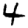
Digit: 4